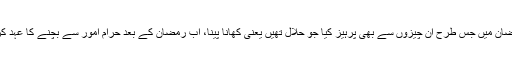
رمضان میں جس طرح ان چیزوں سے بھی پرہیز کیا جو حلال تھیں یعنی کھانا پینا، اب رمضان کے بعد حرام امور سے بچنے کا عہد کرنا۔